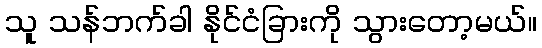
သူ သန်ဘက်ခါ နိုင်ငံခြားကို သွားတော့မယ်။